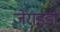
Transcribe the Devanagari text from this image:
जेराइडी